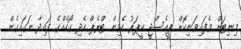
މިނިޓަށް ވެފައިވަނިކޮށް ޕީއެސްޖީ ކީޕަރު ކެވިން ޓްރެޕް ހެދި ގޯހެއްގެ ފައިދާ ނަަގައިގެން